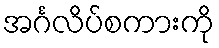
အင်္ဂလိပ်စကားကို